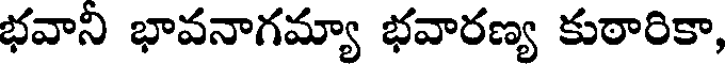
భవాని భావనాగమ్యా భవారణ్య కుఠారికా,